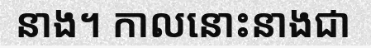
នាង។ កាលនោះនាងជា